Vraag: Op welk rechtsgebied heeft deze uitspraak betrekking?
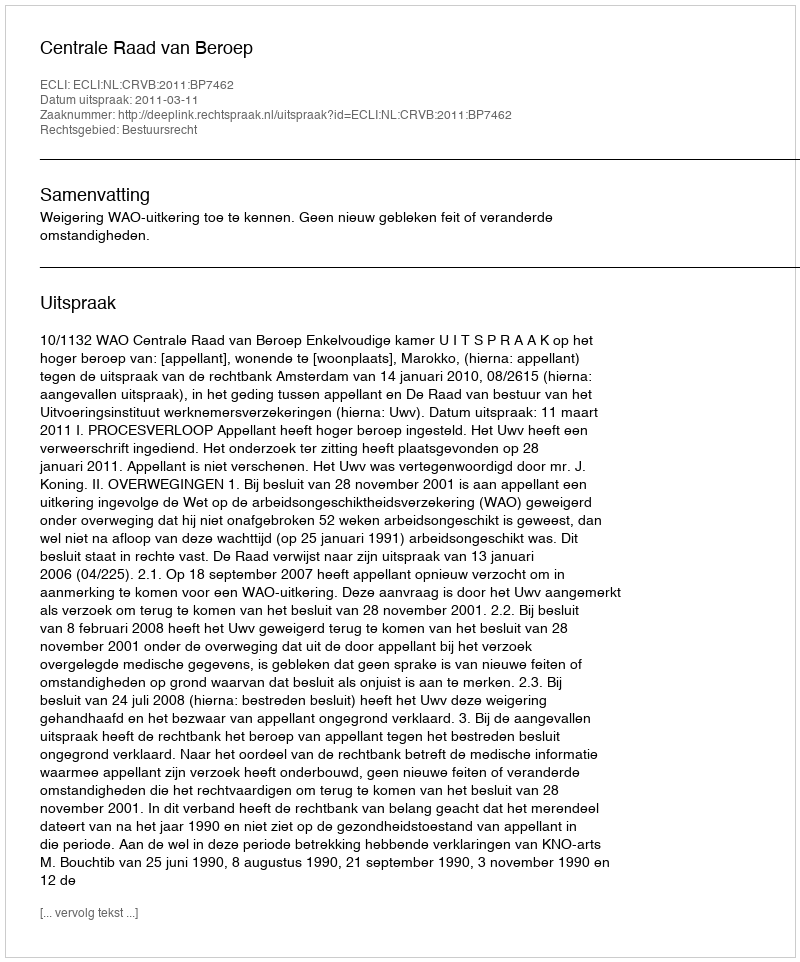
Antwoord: Bestuursrecht